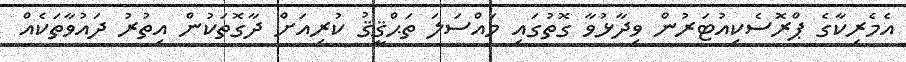
އެމެރިކާގެ ޕްރޮސެކިއުޓަރުން ވިދާޅުވާ ގޮތުގައި މައްސަލަ ތަޙްޤީޤު ކުރިއަށް ދާގޮތަކުން އިތުރު ދައުވާތަކެއް